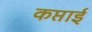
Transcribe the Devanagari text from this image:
कप्ताई